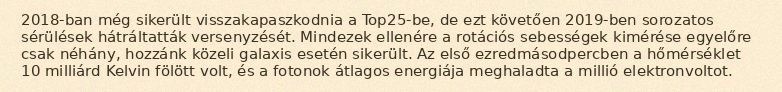
2018-ban még sikerült visszakapaszkodnia a Top25-be, de ezt követően 2019-ben sorozatos sérülések hátráltatták versenyzését. Mindezek ellenére a rotációs sebességek kimérése egyelőre csak néhány, hozzánk közeli galaxis esetén sikerült. Az első ezredmásodpercben a hőmérséklet 10 milliárd Kelvin fölött volt, és a fotonok átlagos energiája meghaladta a millió elektronvoltot.